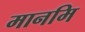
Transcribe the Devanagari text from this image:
मानमि